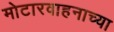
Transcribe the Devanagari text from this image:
मोटारवाहनाच्या